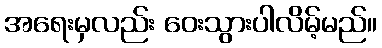
အရေးမှလည်း ဝေးသွားပါလိမ့်မည်။